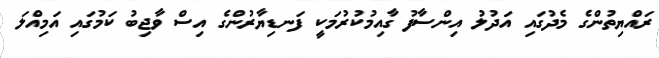
ރައްޔިތުންގެ މެދުގައި އަދުލު އިންސާފު ގާއިމުކުރުމަކީ ފަނޑިޔާރުންގެ އިސް ވާޖިބު ކަމުގައި އަމިއްލަ